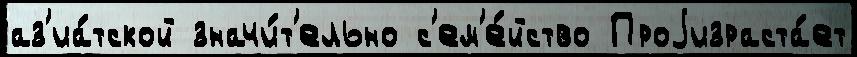
аз'иа́тской значи́т'ельно с'ем'е́йство Проjизраста́ет